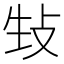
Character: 𪯉